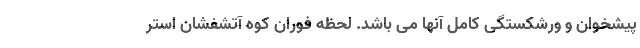
پیشخوان و ورشکستگی کامل آنها می باشد. لحظه فوران کوه آتشفشان استر